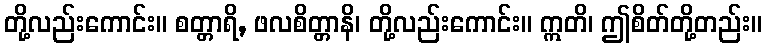
တို့လည်းကောင်း။ စတ္တာရိ, ဖလစိတ္တာနိ၊ တို့လည်းကောင်း။ ဣတိ၊ ဤစိတ်တို့တည်း။